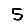
Digit: 5